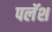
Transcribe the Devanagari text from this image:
पलॅश